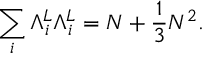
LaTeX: \sum _ { i } { \Lambda } _ { i } ^ { L } { \Lambda } _ { i } ^ { L } = N + \frac { 1 } { 3 } N ^ { 2 } .